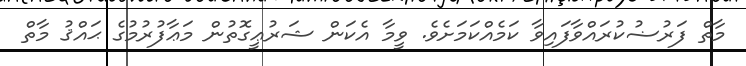
މާތް ފަރުޟުކުރައްވާފައިވާ ކަމެއްކަމަށެވެ. ވީމާ އެކަން ޝަރުޢީގޮތުން މަޢާފުރުމުގެ ޙައްޤު މާތް